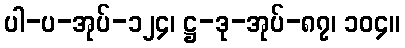
ပါ-ပ-အုပ်-၁၂၄၊ ဋ္ဌ-ဒု-အုပ်-၈၇၊ ၁၀၄။